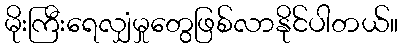
မိုးကြီးရေလျှံမှုတွေဖြစ်လာနိုင်ပါတယ်။